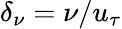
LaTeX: \delta_{\nu}=\nu/u_{\tau}